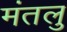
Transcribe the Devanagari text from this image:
मंतलु